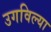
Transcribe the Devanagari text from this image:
उगविल्या